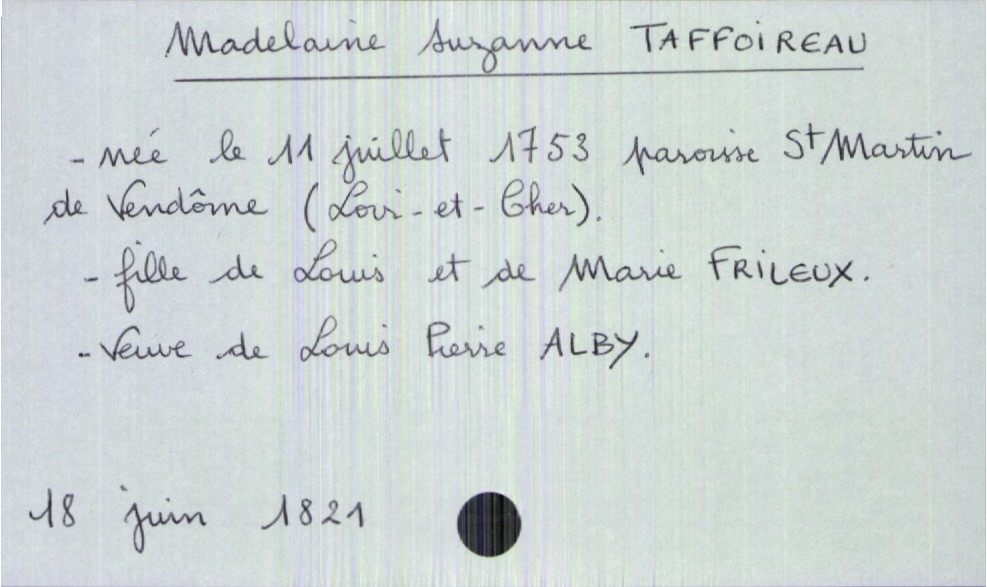
type_acte: Décès
année: 1821
mois: juin
jour: 18
défunt_nom: Taffoireau
défunt_prénom: Madelaine Suzanne
défunt_sexe: F
défunt_date_de_naissance: 11 juillet 1753
défunt_lieu_de_naissance: paroisse Saint Martin de Vendôme (Loir-et-Cher)
défunt_statut: veuf(ve)
père_défunt_nom: Taffoireau
père_défunt_prénom: Louis
mère_défunt_nom: Frileux
mère_défunt_prénom: Marie